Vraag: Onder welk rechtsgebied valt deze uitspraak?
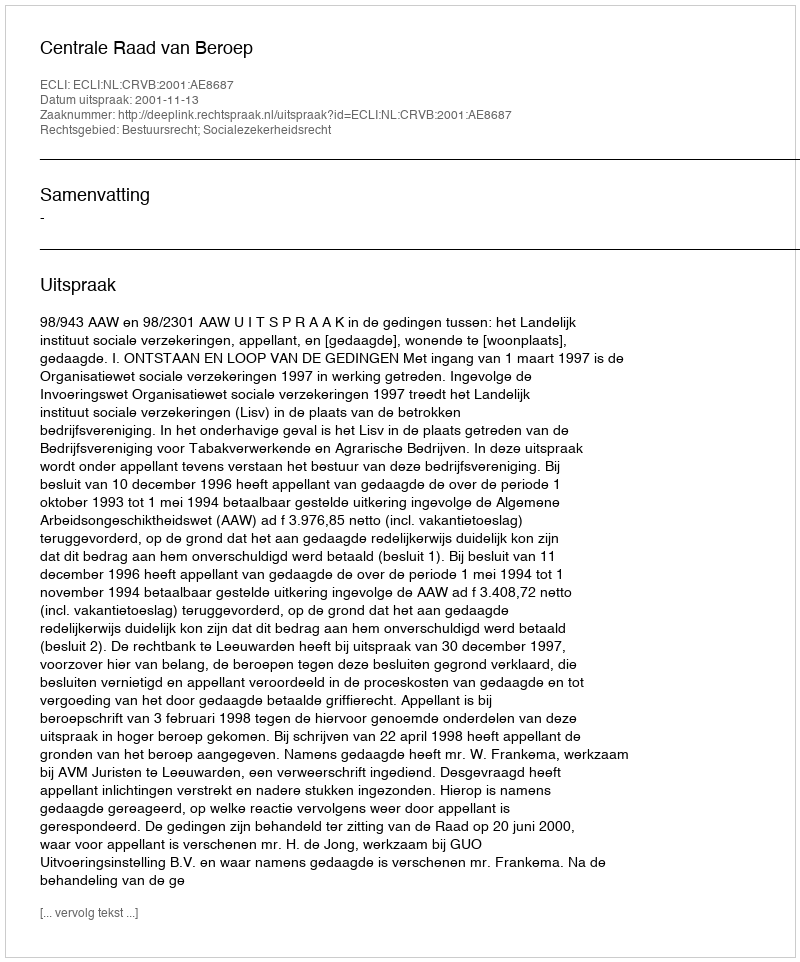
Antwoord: Bestuursrecht; Socialezekerheidsrecht